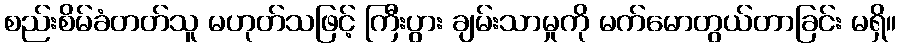
စည်းစိမ်ခံတတ်သူ မဟုတ်သဖြင့် ကြီးပွား ချမ်းသာမှုကို မက်မောတွယ်တာခြင်း မရှိ။